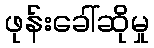
ဖုန်းခေါ်ဆိုမှု